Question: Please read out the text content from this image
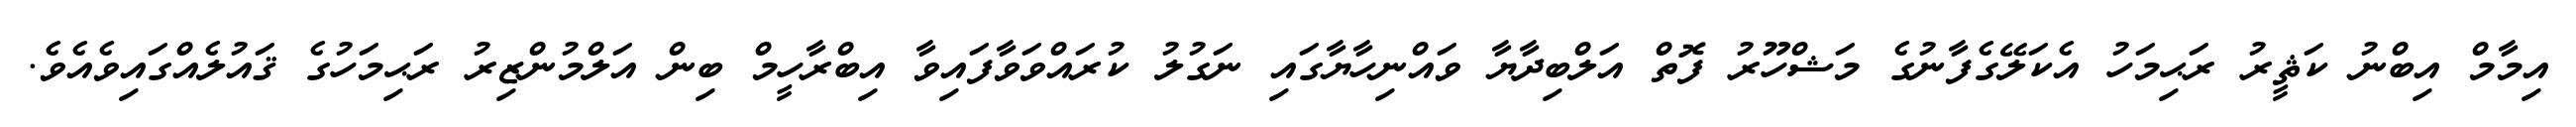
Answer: އިމާމް އިބްނު ކަޘީރު ރަޙިމަހު އެކަލޭގެފާނުގެ މަޝްހޫރު ފޮތް އަލްބިދާޔާ ވައްނިހާޔާގައި ނަގުލު ކުރައްވަވާފައިވާ އިބްރާހީމް ބިން އަލްމުންޒިރު ރަޙިމަހުގެ ޤައުލެއްގައިވެއެވެ.